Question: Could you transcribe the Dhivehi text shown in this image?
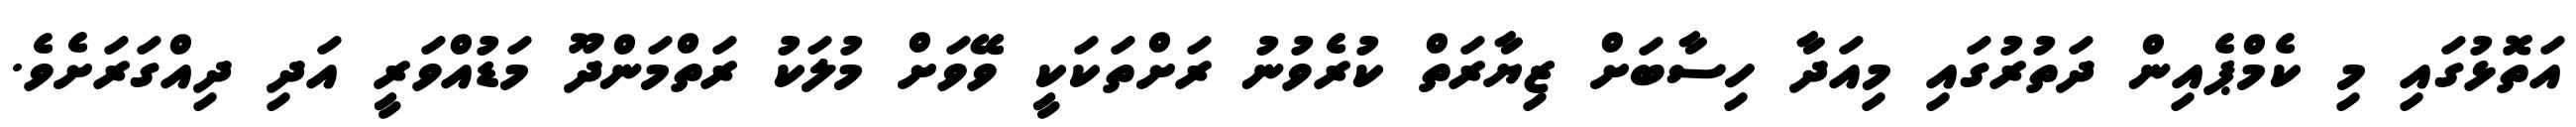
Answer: އަތޮޅުގައި މި ކެމްޕެއިން ދަތުރުގައި މިއަދާ ހިސާބަށް ޒިޔާރަތް ކުރެވުނު ރަށްތަކަކީ ވޭވަށް މުލަކު ރަތްމަންދޫ މަޑުއްވަރީ އަދި ދިއްގަރަށެވެ.